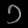
Digit: ၁